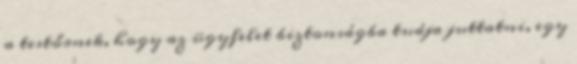
a testőrnek, hogy az ügyfelet biztonságba tudja juttatni, egy